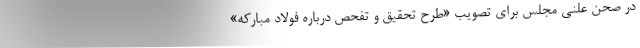
در صحن علنی مجلس برای تصویب «طرح تحقیق و تفحص درباره فولاد مبارکه»